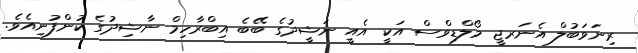
ރިނަވަބުލް އެނަރޖީ މޯލްޑިވްސް އަކީ އެއީ ނަޝީދުގެ ބޭބެ އިބްރާހިމް ނާޝިދުގެ ކުންފުނިއެވެ.